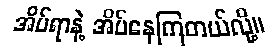
အိပ်ရာနဲ့ အိပ်နေကြတယ်လို့။